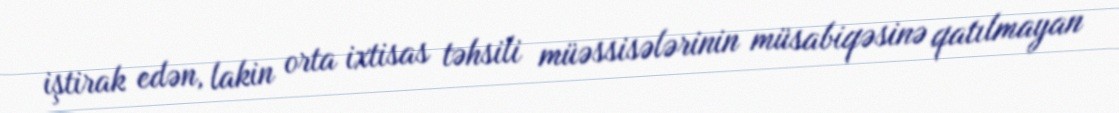
iştirak edən, lakin orta ixtisas təhsili müəssisələrinin müsabiqəsinə qatılmayan